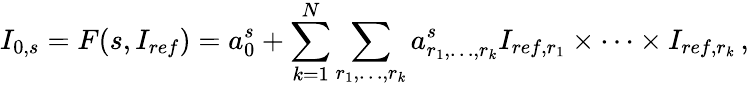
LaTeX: I_{0,s}=F(s,I_{ref})=a_{0}^{s}+\sum_{k=1}^{N}\sum_{r_{1},\ldots,r_{k}}a_{r_{1},\ldots,r_{k}}^{s}I_{ref,r_{1}}\times\cdots\times I_{ref,r_{k}}\, ,